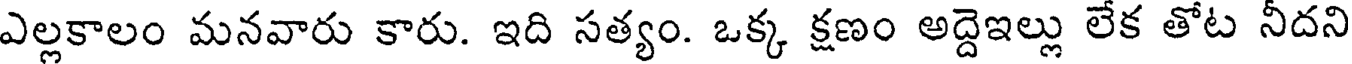
ఎల్లకాలం మనవారు కారు. ఇది సత్యం. ఒక్క క్షణం అద్దెఇల్లు లేక తోట నీదని